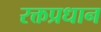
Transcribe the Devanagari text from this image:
रक्तप्रधान